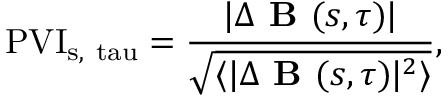
\mathrm { P V I _ { s , \ t a u } } = \frac { | \Delta \textbf { B } ( s , \tau ) | } { \sqrt { \langle | \Delta \textbf { B } ( s , \tau ) | ^ { 2 } \rangle } } ,